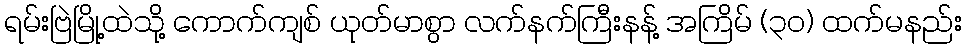
ရမ်းဗြဲမြို့ထဲသို့ ကောက်ကျစ် ယုတ်မာစွာ လက်နက်ကြီးနန့် အကြိမ် (၃၀) ထက်မနည်း